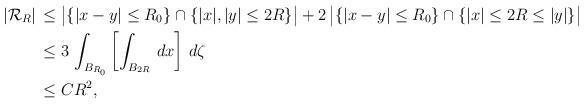
LaTeX: \begin{align*}|{\mathcal{R}}_R|\, &\le \big| \{ |x-y|\le R_0 \}\cap \{|x|,|y|\le 2R\} \big|+ 2\, \big| \{ |x-y|\le R_0 \}\cap \{|x|\le 2R\le|y|\} \big|\\ &\le 3\, \int_{B_{R_0}} \left[ \int_{B_{2R}} \, dx\right]\,d\zeta\\ &\le C R^2,\end{align*}